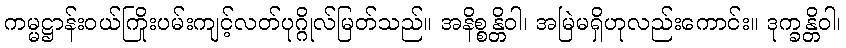
ကမ္မဋ္ဌာန်းဝယ်ကြိုးပမ်းကျင့်လတ်ပုဂ္ဂိုလ်မြတ်သည်။ အနိစ္စန္တိဝါ၊ အမြဲမရှိဟုလည်းကောင်း။ ဒုက္ခန္တိဝါ၊